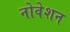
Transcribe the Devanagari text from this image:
नोवेशन